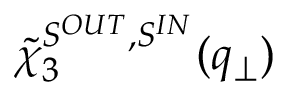
\tilde { \chi } _ { 3 } ^ { S ^ { O U T } , S ^ { I N } } ( q _ { \perp } )